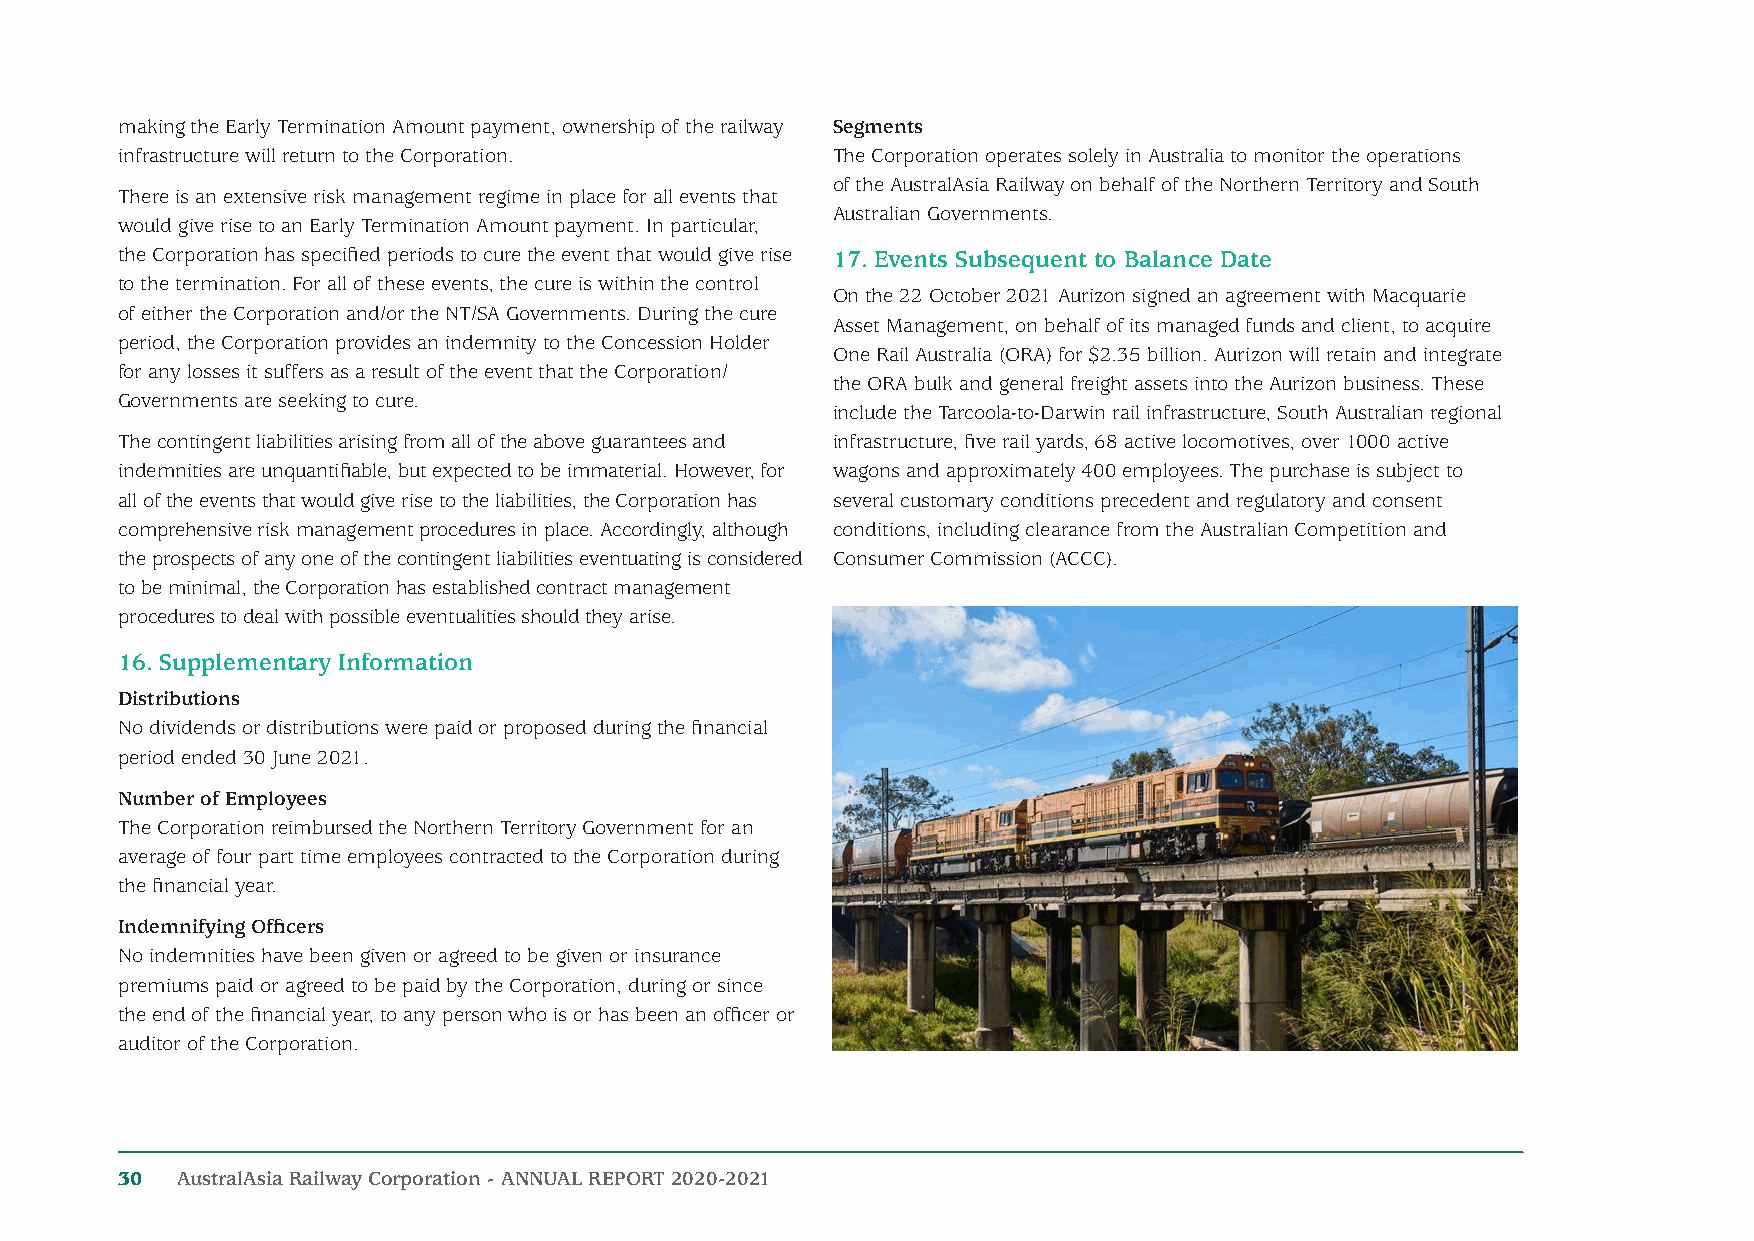
making the Early Termination Amount payment, ownership of the railway Segments
 infrastructure will return to the Corporation. The Corporation operates solely in Australia to monitor the operations
 of the AustralAsia Railway on behalf of the Northern Territory and South
 There is an extensive risk management regime in place for all events that
 Australian Governments.
 would give rise to an Early Termination Amount payment. In particular,
 the Corporation has specified periods to cure the event that would give rise 17. Events Subsequent to Balance Date
 to the termination. For all of these events, the cure is within the control
 On the 22 October 2021 Aurizon signed an agreement with Macquarie
 of either the Corporation and/or the NT/SA Governments. During the cure
 Asset Management, on behalf of its managed funds and client, to acquire
 period, the Corporation provides an indemnity to the Concession Holder
 One Rail Australia (ORA) for $2.35 billion. Aurizon will retain and integrate
 for any losses it suffers as a result of the event that the Corporation/
 the ORA bulk and general freight assets into the Aurizon business. These
 Governments are seeking to cure.
 include the Tarcoola-to-Darwin rail infrastructure, South Australian regional
 The contingent liabilities arising from all of the above guarantees and infrastructure, five rail yards, 68 active locomotives, over 1000 active
 indemnities are unquantifiable, but expected to be immaterial. However, for wagons and approximately 400 employees. The purchase is subject to
 all of the events that would give rise to the liabilities, the Corporation has several customary conditions precedent and regulatory and consent
 comprehensive risk management procedures in place. Accordingly, although conditions, including clearance from the Australian Competition and
 the prospects of any one of the contingent liabilities eventuating is considered Consumer Commission (ACCC).
 to be minimal, the Corporation has established contract management
 procedures to deal with possible eventualities should they arise.
 16. Supplementary Information
 Distributions
 No dividends or distributions were paid or proposed during the financial
 period ended 30 June 2021.
 Number of Employees
 The Corporation reimbursed the Northern Territory Government for an
 average of four part time employees contracted to the Corporation during
 the financial year.
 Indemnifying Officers
 No indemnities have been given or agreed to be given or insurance
 premiums paid or agreed to be paid by the Corporation, during or since
 the end of the financial year, to any person who is or has been an officer or
 auditor of the Corporation.
 30  AustralAsia Railway Corporation - ANNUAL REPORT 2020-2021